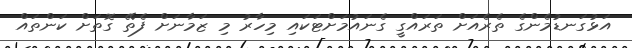
އަޅުގަނޑުމެންގެ ތެރެއަށް ތަރައްގީ ގެނައުމަށްޓަކައި މިހާރު މި ޒަމާނަށް ފެތޭ ގޮތަށް ކަންތައް